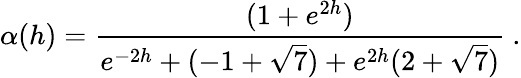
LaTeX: \alpha(h)=\frac{(1+e^{2h})}{e^{-2h}+(-1+\sqrt{7})+e^{2h}(2+\sqrt{7})}\ .